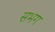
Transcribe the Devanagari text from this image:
सभग